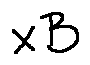
x B